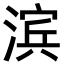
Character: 滨